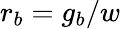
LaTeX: r_{b}=g_{b}/w